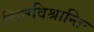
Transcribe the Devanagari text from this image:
चित्तविश्रान्तिः